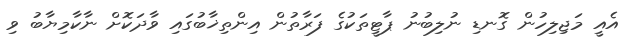
އެއީ މަޖިލިހުން ގޮނޑި ނުލިބުނު ޕާޓީތަކުގެ ފަރާތުން އިންތިޚާބުގައި ވާދަކޮށް ނާކާމިޔާބު ވި